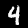
Digit: 4